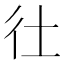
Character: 𢓂